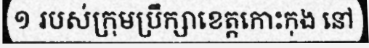
១ របស់ក្រុមប្រឹក្សាខេត្តកោះកុង នៅ